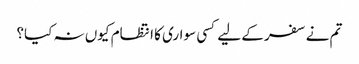
تم نے سفر کے لیے کسی سواری کا انتظام کیوں نہ کیا؟